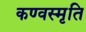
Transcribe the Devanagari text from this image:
कण्वस्मृति